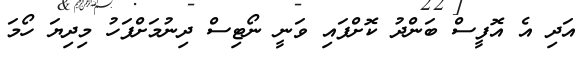
އަދި އެ އޮފީސް ބަންދު ކޮށްފައި ވަނީ ނޯޓިސް ދިނުމަށްފަހު މިދިޔަ ހޯމަ